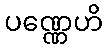
ပဏ္ဏေဟိ